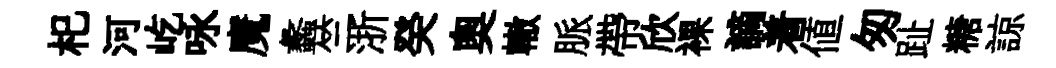
𣏌河屹咏魔蠡竺浙癸奧轍脈帶欣裸謫着值匆趾糖諒